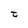
Character: t